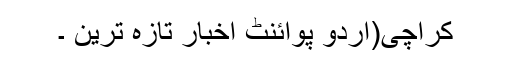
کراچی(اُردو پوائنٹ اخبار تازہ ترین ۔